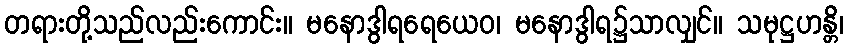
တရားတို့သည်လည်းကောင်း။ မနောဒွါရရေယေဝ၊ မနောဒွါရ၌သာလျှင်။ သမုဋ္ဌဟန္တိ၊